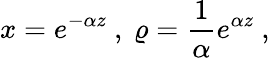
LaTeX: x=e^{-\alpha z}\ ,\ \varrho={\frac{1}{\alpha}}e^{\alpha z}\ ,